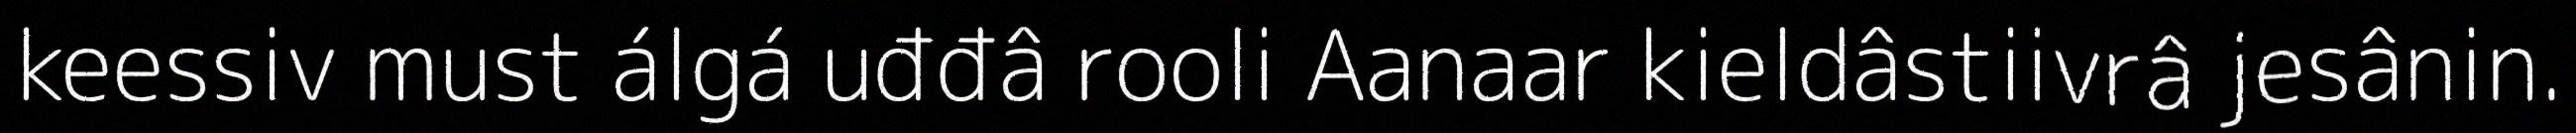
keessiv must álgá uđđâ rooli Aanaar kieldâstiivrâ jesânin.